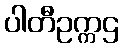
ပါတီဥက္ကဌ